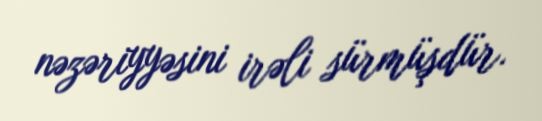
nəzəriyyəsini irəli sürmüşdür.